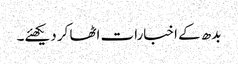
بدھ کے اخبارات اٹھا کر دیکھئے۔